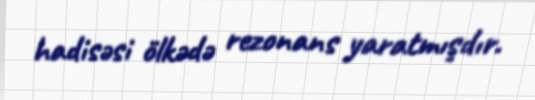
hadisəsi ölkədə rezonans yaratmışdır.